Report of the Municipal Commissioner on the plague in Bombay for the year ending 31st May... - Volume 2
Disease focus: Plague
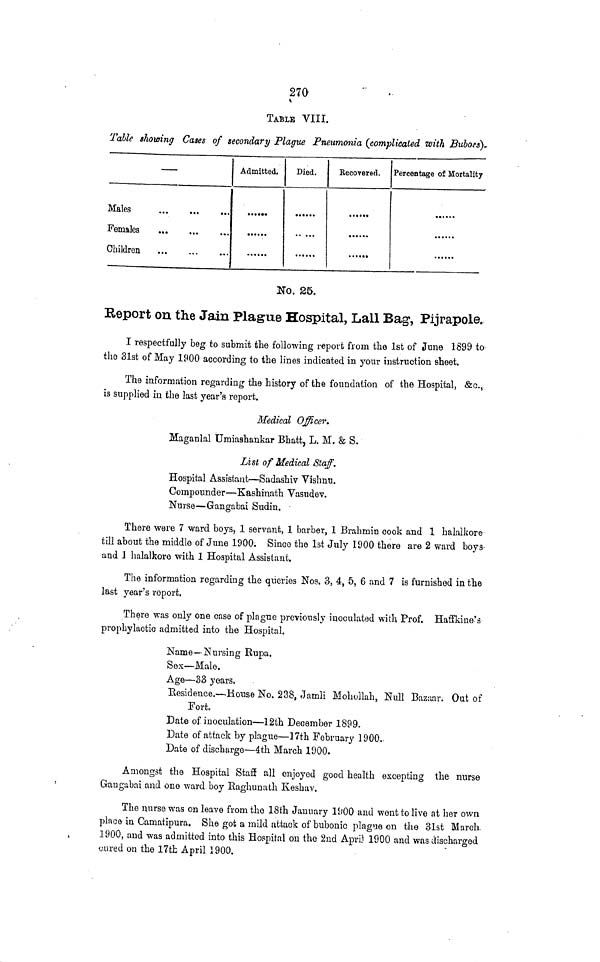
270'
TABLE VIII.
Table showing Cases of secondary Plague Pneumonia (complicated with Buboes)*
—
Males
Females
Children
Admitted.
Died.
Becovered.
•«....
••••••
Percentage of Mortality
No. 25.
Report on the Jain Plague Hospital, Lail Bag*, Pijrapole.
I respectfully beg to submit the following report from the 1st of June 1899 to
the 31st of May 1900 according to the lines indicated in your instruction sheet.
The information regarding the history of the foundation of the Hospital, &c.,
is supplied in the last year's report.
Medical OfficerM
aganlal Umiashankar Bhatt, L. M. & S.
List of Medical Staff.
Hospital Assistant—Sadashiv Vishnu.
Compounder—Kashinath Vasudev.
Nurse—Gangabai Sudin. •
There were 7 ward boys, 1 servant, 1 barber, 1 Brahmin cook and 1 halalkore
till about the middle of June 1900. Since the 1st July 1900 there are 2 ward boys-
and J halalkore with 1 Hospital Assistant.
The information regarding the queries Nos. 3, 4, 5, 6 and 7 is furnished in the
last year's report,
There was only one case of plague previously inoculated with Prof. Haffkine's
prophylactic admitted into the Hospital.
Name—Nursing Rupa.
Sex—Male.
Age—33 years.
Residence.—-House No. 238, Jamli Mohollah, Null Bazaar. Out of
Fort
Date of inoculation—12th December 1899.
Date of attack by plague—17th February 1900.
Date of discharge—4th March 1900.
Amongst the Hospital Staff all enjoyed good health excepting the nurse
Gangabai and one ward boy Raghunath Keshav.
The nurse was on leave from the 18th January 1900 and went to live at her own
place in Camatipura. She got a mild attack of bubonic plague on the 31st March.
1900, and was admitted into this Hospital on the 2nd Apri) 1900 and was discharged
cured on the 17-tb April 1900.